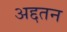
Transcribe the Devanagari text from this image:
अद्दतन